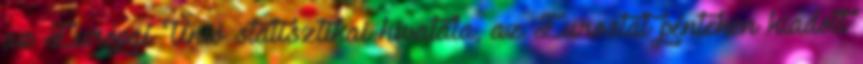
az Európai Unió statisztikai hivatala, az Eurostat pénteken kiadott